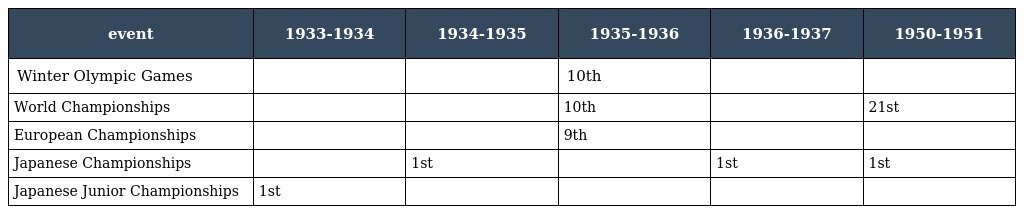
| event | 1933-1934 | 1934-1935 | 1935-1936 | 1936-1937 | 1950-1951 |
 | --- | --- | --- | --- | --- | --- |
 | Winter Olympic Games |  |  | 10th |  |  |
 | World Championships |  |  | 10th |  | 21st |
 | European Championships |  |  | 9th |  |  |
 | Japanese Championships |  | 1st |  | 1st | 1st |
 | Japanese Junior Championships | 1st |  |  |  |  |